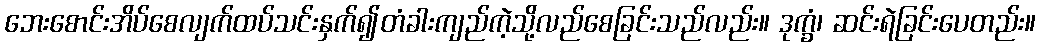
ဘေးစောင်းအိပ်စေလျက်ထပ်သင်းနှက်၍တံခါးကျည်ကဲ့သို့လည်စေခြင်းသည်လည်း။ ဒုက္ခံ၊ ဆင်းရဲခြင်းပေတည်း။